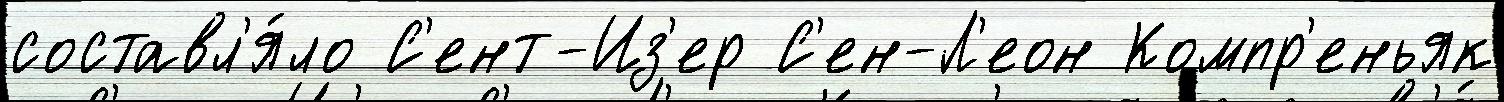
составл'я́ло С'ент-Из'ер С'ен-Л'еон Компр'еньяк